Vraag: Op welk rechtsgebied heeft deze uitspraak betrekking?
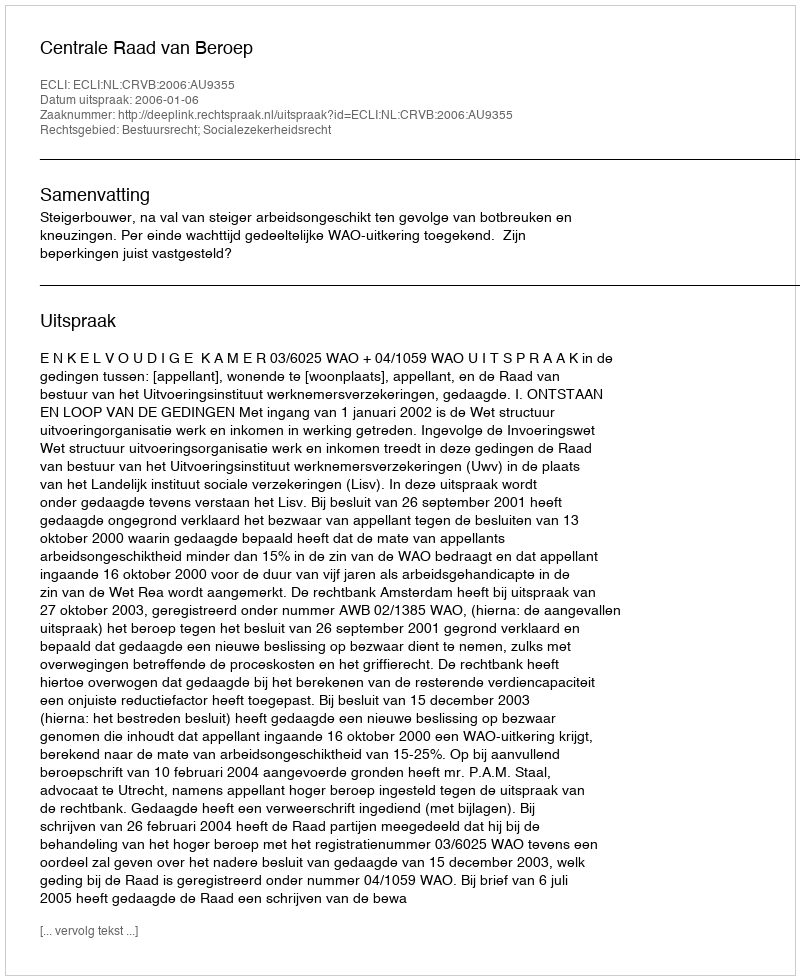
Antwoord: Bestuursrecht; Socialezekerheidsrecht